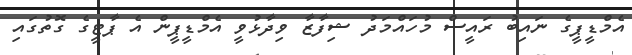
އެމްޑީޕީގެ ނައިބު ރައީސް މުހައްމަދު ޝިފާޒާ ވިދާޅުވީ އެމްޑީޕީން އެ ޕާޓީގެ ގޮތުގައި